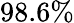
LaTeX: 98.6\%